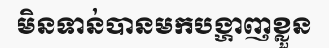
មិនទាន់បានមកបង្ហាញខ្លួន